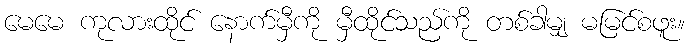
မေမေ ကုလားထိုင် နောက်မှီကို မှီထိုင်သည်ကို တစ်ခါမျှ မမြင်စဖူး။